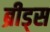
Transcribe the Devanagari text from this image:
ब्रीड्स